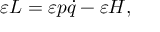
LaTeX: \varepsilon L = \varepsilon p { \dot { q } } - \varepsilon H ,